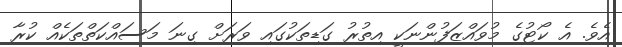
އެވެ. އެ ކޯޓުގެ މުވައްޒަފުންނަކީ އިތުރު ގަޑިތަކުގައި ވަރަށް ގިނަ މަސައްކަތްތަކެއް ކުރާ